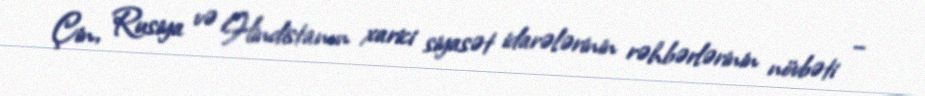
Çin, Rusiya və Hindistanın xarici siyasət idarələrinin rəhbərlərinin növbəti –